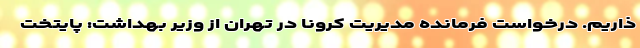
ذاریم. درخواست فرمانده مدیریت کرونا در تهران از وزیر بهداشت: پایتخت